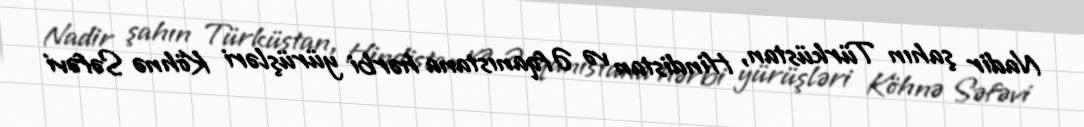
Nadir şahın Türküstan, Hindistan və Əfqanıstana hərbi yürüşləri Köhnə Səfəvi